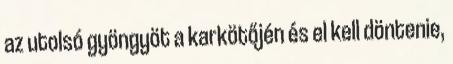
az utolsó gyöngyöt a karkötőjén és el kell döntenie,